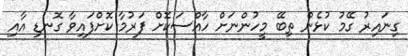
ގިނައިރު ގޭމު ކުޅެން ތިބޭ މީހުންނަށް ހާއްސަކޮށް ފަރުމާ ކޮށްފައިވާ ގޮނޑި އާއި